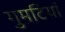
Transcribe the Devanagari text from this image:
गुमटियां